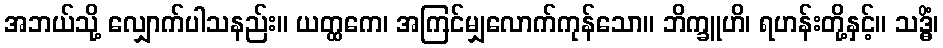
အဘယ်သို့ လျှောက်ပါသနည်း။ ယတ္ထကေ၊ အကြင်မျှလောက်ကုန်သော။ ဘိက္ခူဟိ၊ ရဟန်းတို့နှင့်။ သဒ္ဓိံ၊